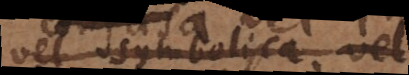
vel symbolica vel